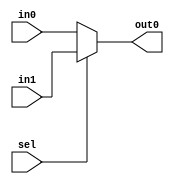
module mux_v2(input wire in0,
				  input wire in1,
				  input wire sel,
				  output wire out0
				  );
assign out0 = (sel == 0) ? in0 : in1;
endmodule // mux_v2